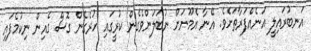
އަނބުރައިލީ އަނެއްފަރާތަށެވެ. އޭނާ އެމޫނަށް ނުބަލަންވެގެން ކުރީގައި ހުރެގެން ގޮސް ގެއިން ނިކުމެފައި